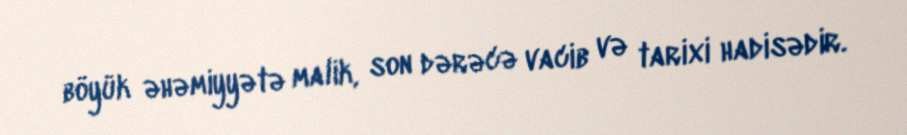
böyük əhəmiyyətə malik, son dərəcə vacib və tarixi hadisədir.